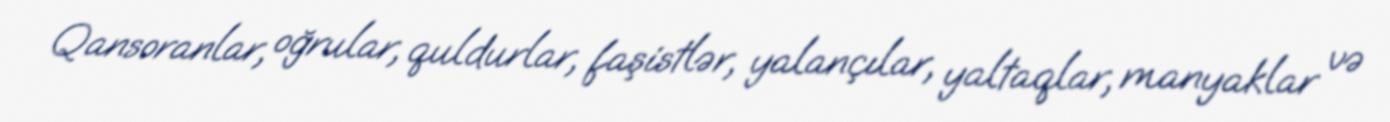
Qansoranlar, oğrular, quldurlar, faşistlər, yalançılar, yaltaqlar, manyaklar və